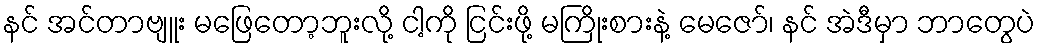
နင် အင်တာဗျူး မဖြေတော့ဘူးလို့ ငါ့ကို ငြင်းဖို့ မကြိုးစားနဲ့ မေဇော်၊ နင် အဲဒီမှာ ဘာတွေပဲ